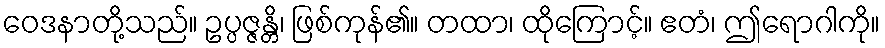
ဝေဒနာတို့သည်။ ဥပ္ပဇ္ဇန္တိ၊ ဖြစ်ကုန်၏။ တထာ၊ ထိုကြောင့်။ ဧတံ၊ ဤရောဂါကို။